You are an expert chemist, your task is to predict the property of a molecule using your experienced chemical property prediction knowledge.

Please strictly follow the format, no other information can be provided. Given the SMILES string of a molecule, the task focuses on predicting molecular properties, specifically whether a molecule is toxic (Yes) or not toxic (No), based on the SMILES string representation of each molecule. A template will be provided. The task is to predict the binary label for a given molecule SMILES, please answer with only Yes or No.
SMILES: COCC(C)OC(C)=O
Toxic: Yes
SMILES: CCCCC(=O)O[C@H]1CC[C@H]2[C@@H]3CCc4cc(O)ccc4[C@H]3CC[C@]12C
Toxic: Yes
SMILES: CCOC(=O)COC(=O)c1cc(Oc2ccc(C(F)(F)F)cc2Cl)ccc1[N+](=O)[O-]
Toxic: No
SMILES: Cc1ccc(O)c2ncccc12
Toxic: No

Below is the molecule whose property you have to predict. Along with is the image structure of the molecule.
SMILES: CNCCC(Oc1ccc(C(F)(F)F)cc1)c1ccccc1
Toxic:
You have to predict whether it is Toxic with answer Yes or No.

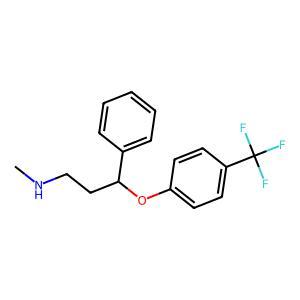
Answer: No